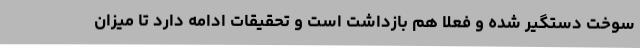
سوخت دستگیر شده و فعلا هم بازداشت است و تحقیقات ادامه دارد تا میزان